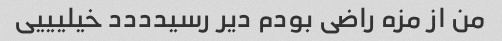
من از مزه راضی بودم دیر رسیدددد خیلیییی